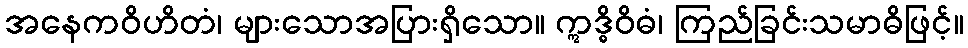
အနေကဝိဟိတံ၊ များသောအပြားရှိသော။ ဣဒ္ဓိဝိဓံ၊ ကြည်ခြင်းသမာဓိဖြင့်။